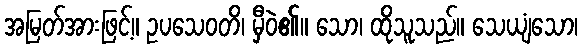
အမြတ်အားဖြင့်။ ဥပသေဝတိ၊ မှီဝဲ၏။ သော၊ ထိုသူသည်။ သေယျံသော၊